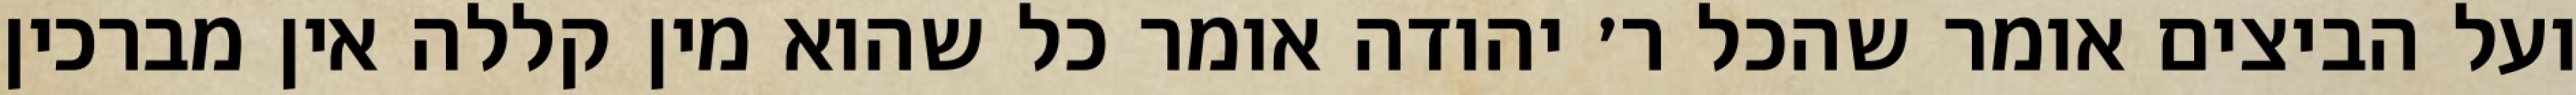
ועל הביצים אומר שהכל ר׳ יהודה אומר כל שהוא מין קללה אין מברכין